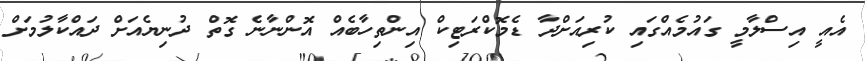
އެއީ އިސްލާމީ ގައުމެއްގައި ކުރިއަށްދާ ޑެމޮކްރަޓިކް އިންތިހާބެއް އޮންނާނެ ގޮތް ދުނިޔެއަށް ދައްކާލުމަށް